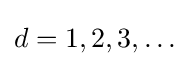
d=1,2,3,\ldots